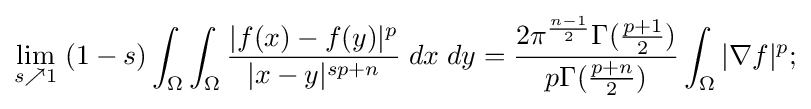
\lim _{s\nearrow 1}\;(1-s)\int _{\Omega }\int _{\Omega }{\frac {|f(x)-f(y)|^{p}}{|x-y|^{sp+n}}}\;dx\;dy={\frac {2\pi ^{\frac {n-1}{2}}\Gamma ({\frac {p+1}{2}})}{p\Gamma ({\frac {p+n}{2}})}}\int _{\Omega }\vert \nabla f\vert ^{p};